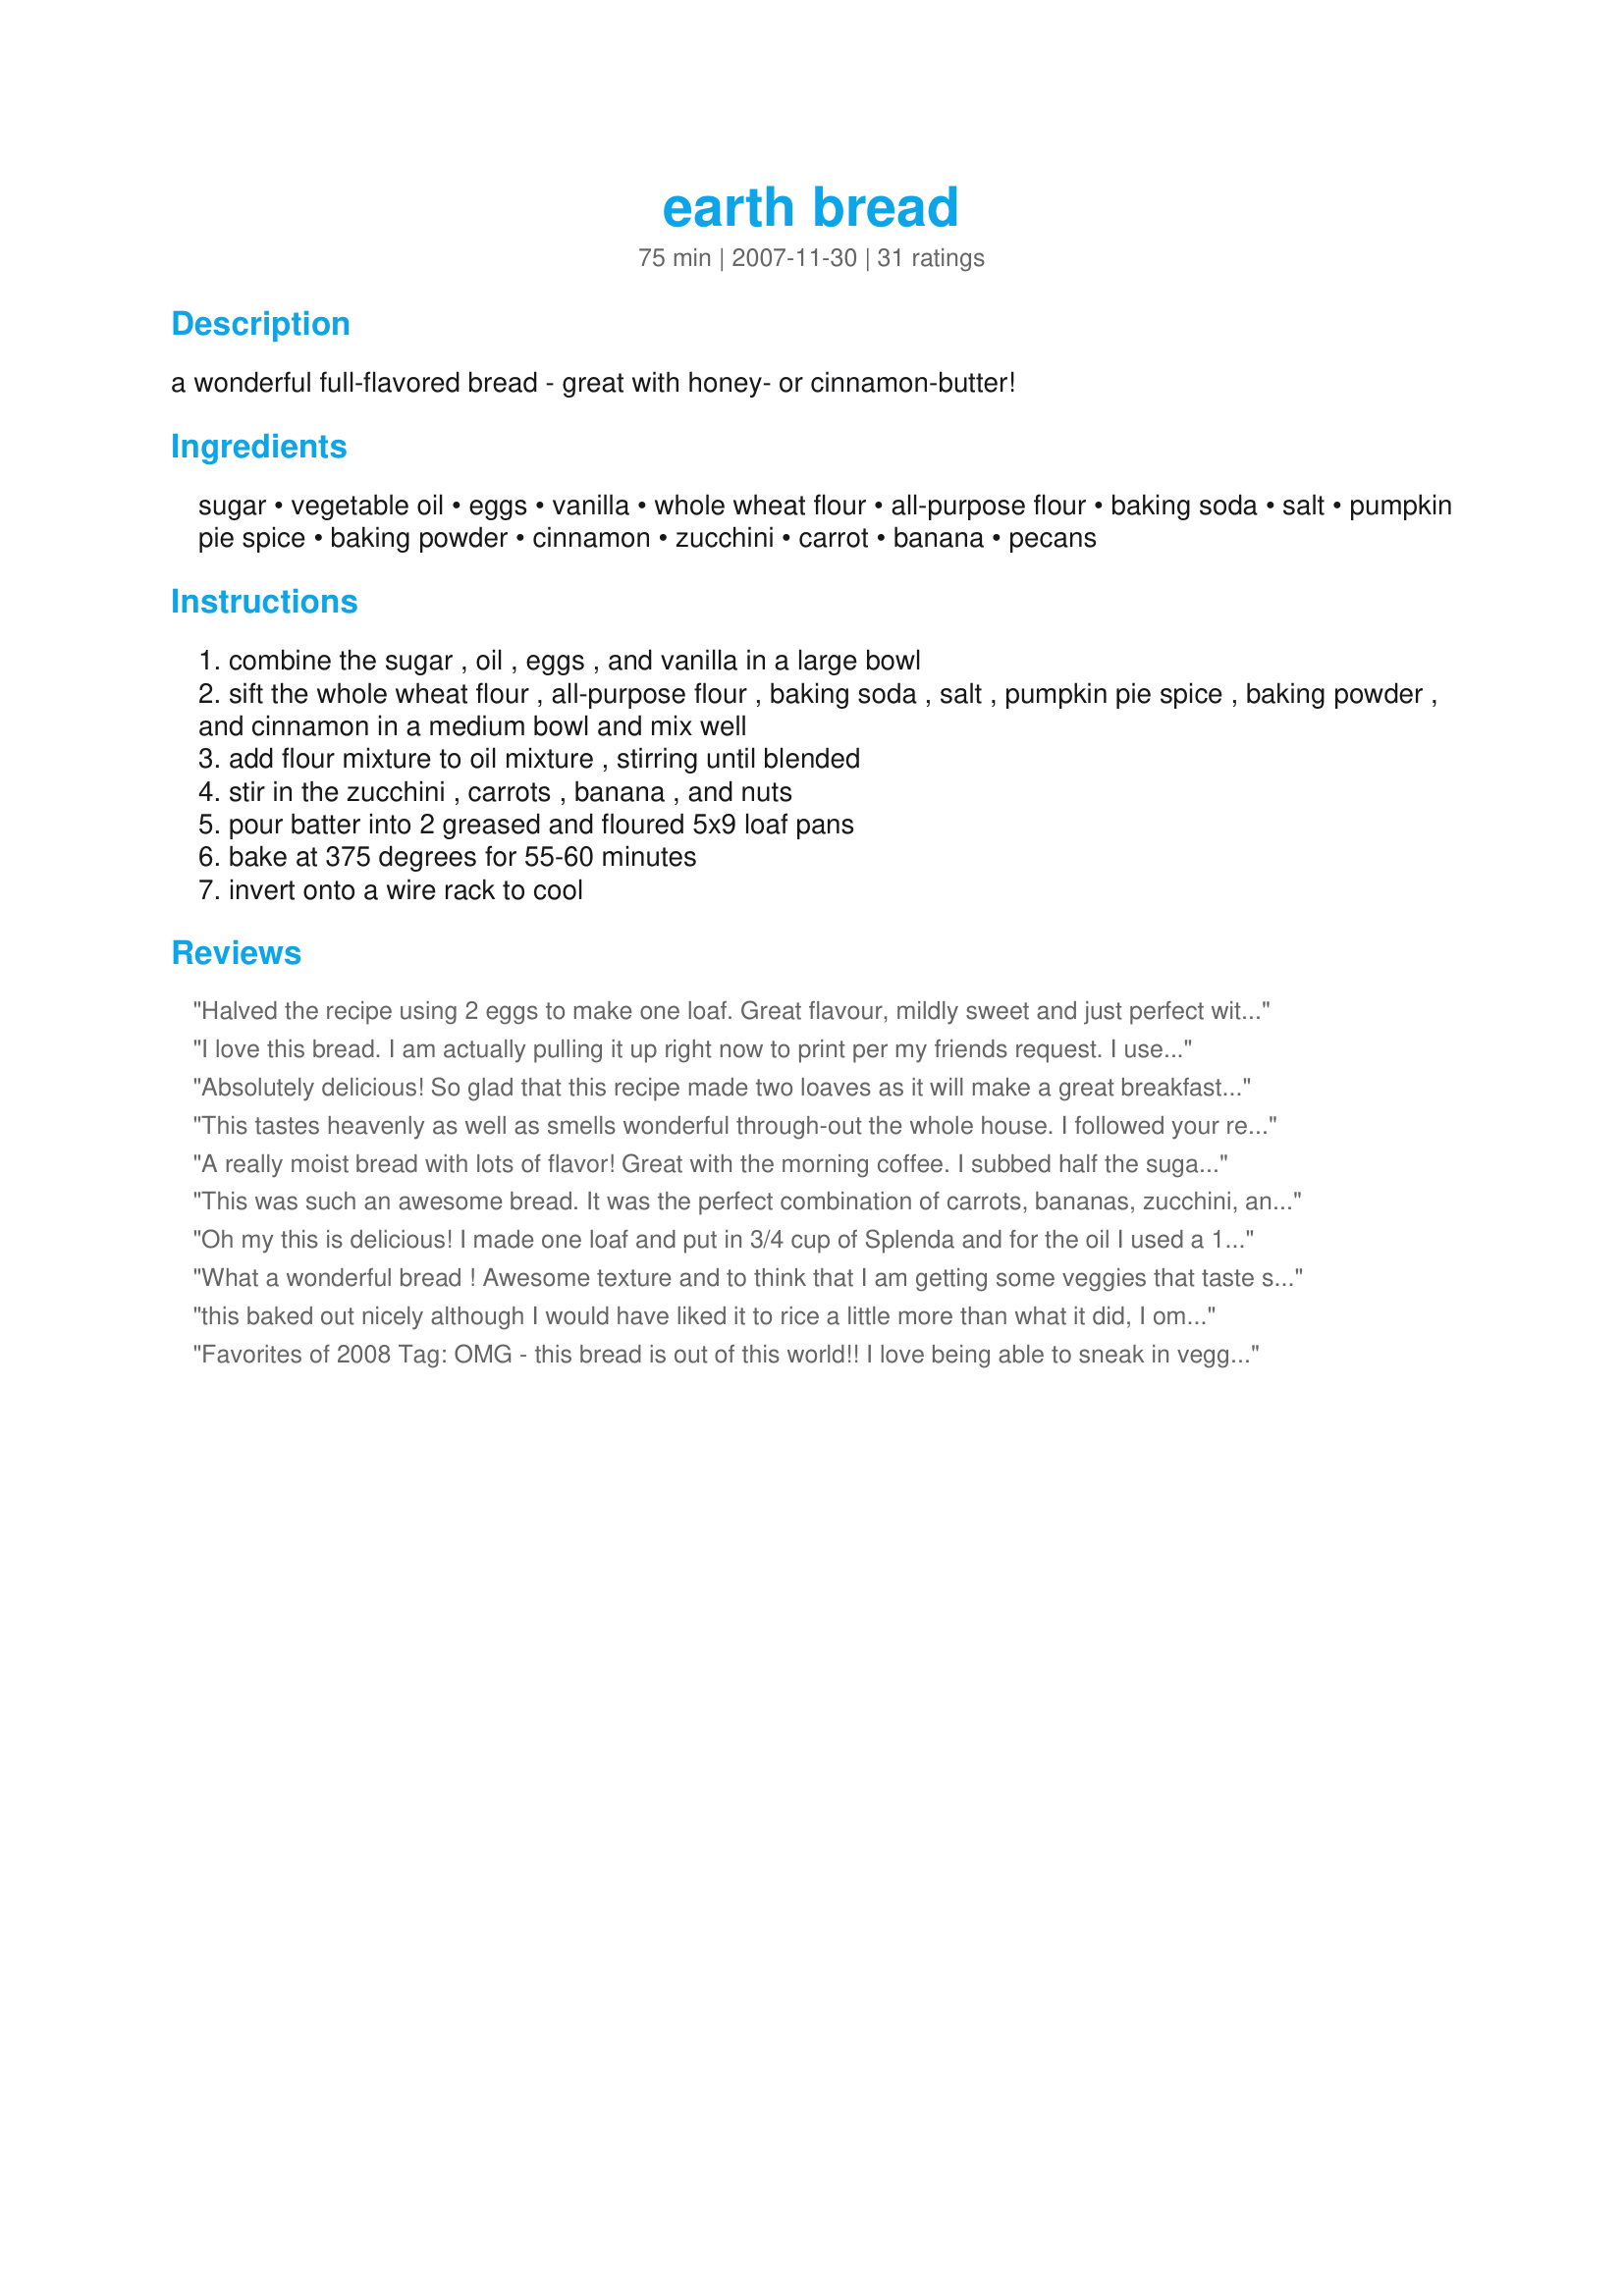
earth bread
Preparation time: 75 minutes

a wonderful full-flavored bread - great with honey- or cinnamon-butter!

Ingredients:
sugar, vegetable oil, eggs, vanilla, whole wheat flour, all-purpose flour, baking soda, salt, pumpkin pie spice, baking powder, cinnamon, zucchini, carrot, banana, pecans

Steps:
combine the sugar , oil , eggs , and vanilla in a large bowl
sift the whole wheat flour , all-purpose flour , baking soda , salt , pumpkin pie spice , baking powder , and cinnamon in a medium bowl and mix well
add flour mixture to oil mixture , stirring until blended
stir in the zucchini , carrots , banana , and nuts
pour batter into 2 greased and floured 5x9 loaf pans
bake at 375 degrees for 55-60 minutes
invert onto a wire rack to cool

Reviews:
Halved the recipe using 2 eggs to make one loaf. Great flavour, mildly sweet and just perfect with cheese topping or honey or both. Thank you for a keeper.
I love this bread. I am actually pulling it up right now to print per my friends request. I used gingerbread spice because i have no pumpkin pie spice. Thank you!
Absolutely delicious! So glad that this recipe made two loaves as it will make a great breakfast bread with our coffee and there is enough to share with my wonderful neighbor. I like that the bread is not overly sweet and it is nice and moist. Made as directed; although, I might try substituting applesauce for some of the oil next time. This delicious bread recipe is going into my Best of 2013 cookbook. Made for PRMR, January, 2013.
This tastes heavenly as well as smells wonderful through-out the whole house. I followed your recipe except for using 1/2 oil and 1/2 applesauce. Also subbed a bit of splenda in place of the two cups of sugar. About 1/2 and 1/2 again. Omitted the nuts per family preference although I'm sure they are a great addition. Thanks for a winnner/keeper loof. Made for PotluckTag!~
A really moist bread with lots of flavor! Great with the morning coffee. I subbed half the sugar with Splenda.
This was such an awesome bread. It was the perfect combination of carrots, bananas, zucchini, and nuts. It was really easy to make too. I did not have pumpkin pie spice on hand so I used 1/4 tsp ginger, 1/4 tsp. nutmeg, and 1/4 tsp allspice. Thank you for posting such a great recipe.
Oh my this is delicious! I made one loaf and put in 3/4 cup of Splenda and for the oil I used a 1/4 cup of canola + a 1/4 cup of unsweetened applesauce. I also upped the cinnamon to a 1/2 tsp (personal preference only). This makes a wonderful bread that I get all to myself because dh won't eat zucchini (whistles innocently). It's kinda, sorta, almost like banana bread but not really..I'll bet thats really helpful,lol. It gets an A+ from me.
What a wonderful bread ! Awesome texture and to think that I am getting some veggies that taste soooooo good ! Kids will gobble this up as well as adults....will make this again and freeze some if I can hide it long enough from hubby ! Thanks for a great keeper !
this baked out nicely although I would have liked it to rice a little more than what it did, I omitted the nuts and increased the cinnamon to 1 teaspoon, thanks for sharring loof!
Favorites of 2008 Tag: OMG - this bread is out of this world!! I love being able to sneak in veggies without my daughter knowing!!
This is a nice bread and smells so good while baking in the oven. I cut the sugar to 1 1/2 cups and used 3/4 cup brown sugar and 3/4 white sugar. Otherwise made as written using pecans for the nuts. I made four mini loafs, so I can share with neighbors. Thanks for sharing Loof. Made for potluck tag.
Fantastic bread - I love the combination of all of the different good for you stuff, plus whole wheat flour, too. Very versitisle, too, as I only grated up 1/2 cup zucchini and when I realized it, I had already put the grater away, so I substituted an extra 1/2 cup banana, which worked perfect. I also took another reviewer's suggestion and subbed out half the oil with applesauce. I took this to a meeting this morning and it got wonderful reviews! Served it with recipe #41253. Thanks, loof, for the excellent recipe! Made for Zaar Stars.
Great way to use up all the odds and ends in the crisper. Thanks for sharing, it was very good, loaves didn't last long!
Very nice moist and full of flavor bread. I made 1 large loaf bake it 1h20min. It taste even better next day! Enjoyed it just like that with cup of cofe :) Thank you for a great recipe!
What a lovely bread! The zucchini, carrot, and banana go so nicely together. I cut the recipe in half to make a single loaf and used two small eggs and only 3/4 cup sugar. I pulled mine at 50 minutes after checking twice and it was just perfect and sooo moist. This was a real hit, thank you loof! [Made for the I Recommend Tag]
Don't know where my head was but I though I had already reviewed this wonderful recipe...well here goes!
My favorite thing about this bread was that it was not as heavy as I though it was going to be. Things I make with whole wheat seem that way to me. I made two loaves, cutting my oil in half and replacing it with applesauce. The only thing different was to replace the pumpkin spice with Chinese Five Spice Blend. I interchange them in many recipes. Will be making this again!
This needs more than 5 stars. It was quick to do and lovely to eat. I doubled my banana and carrot as I had no zucchini with a marvellous result. I made 2 small and very pretty golden loaves.
Lip-smacking good!! This yummy bread had a nice crisp crust with sweet delicious perfectly cooked bread nestle with in it. We loved everything about this yummy bread including that nice combo of veggies, fruit and nuts. I made two minor changes in that I used eggbeaters and Splenda for baking. Thanks for the yummy post.
Yummy bread. I was surprised how well it rose. Thanks Loof!
This is my mother's recipe ... she created it in 1974 and won an award for it in the fort collins, colorado newspaper. Thank you for publishing it ... credit goes to hattie whitrock for this recipe! Way to go mom!
WONDERFUL! Soft, Moist, Mild and Delicious. I made this as directed but baked it in a bundt pan which still took 55 minutes. Hubby and I are enjoying snacking on this plain and I'll enjoy it for breakfast and lunch with some fruit salad tomorrow. Yum! Made for the Zaar Stars tag game.
We really enjoyed the combo of flavors from the vegetables & fruit & nuts that went into this bread, & I found it a nice addition to the other breads that I usually make during the end-of-the-year holiday season! I set out one loaf, along with some honey butter, for one of the monthly groups that I host & it was gone in no time, while half a dozen people asked for the recipe as well! A keeper recipe, for sure! [Made & reviewed in Zaar Stars recipe tag]
I went looking for a good zucchini spice bread. The spices are not overpowering and the flavor and texture were great!! I frequently use mostly whole wheat or all whole wheat in my recipes so I was very interested in trying this one. YEP!! It%u2019s a keeper!! Wonderful! I am sending a loaf to my son in the Air Force.
Great bread! I loved that there was whole wheat flour in it. I used canola oil instead of vegetable and no nuts due to family dislikes. This would be great as muffins, too! I might try subbing 1/2 applesauce with the oil next time. Thanks, loof!
What a great bread ... very moist and light as well. I made a few changes. I used 1/2 cup oil, 1/2 cup applesauce, a bit more shredded carrot and zucchini. I also used 1 cup vanilla sugar and 3/4 cup agave nectar. I sprinkle one loaf with cinnamon and sugar - great. This was a great breakfast loaf that was not too sweet. Thanks for a recipe I will make again and again.
Loved Loved this!! I used dehydrated zucchini, homemade canned carrots and over half peach butter for the oil. Will def make this great bread again - the kids loved it so much at breakfast that DD wanted a piece in her lunch!
We loved this dense, moist quick bread! It wasn't overly sweet like so many other quick breads, and it contains some healthy ingredients like zucchini, carrots, bananas and whole wheat flour. I made it even healthier by replacing half of the oil with applesauce. I doubled the cinnamon and used toasted walnuts. I served this with honey butter, and two of us almost polished off one loaf in one sitting...yum! Thank you for sharing this wonderful recipe!<br/>**Made for Australian/ New Zealand Recipe Swap #73**
This bread is awesome! It is soft and moist, yet sturdy enough to carry toppings. The taste is fruity sweet and super yummy! I made half the recipe in muffin tins using only 1 tbs of sugar and applesauce for the oil to make this a bit lighter and it worked out fantastically. YUM!<br/>THANK YOU SO MUCh for sharing such a keeper with us, loof!<br/>Made and reviewed for the Aussie/NZ Recipe Swap December 2011.
This recipe made it into book#234156!
Holy smokes!!! This bread is delicious. It's like a combination of your favorite banana bread, zucchini bread and carrot cake. I debated cutting the recipe in half to make one loaf but I'm so glad I didn't. We will devour the two loaves in no time. I was sitting out on the deck while the bread was in the oven and was delighted by the lovely aroma wafting out of the screen window. The taste is even better! I could go on and on about this. It's just fantastic. Try it. :) (I used apple pie spice instead of pumpkin pie spice because it was what I had on hand)
This was very good! I cut the recipe in half to make only one loaf and used two eggs, rather than one and a half! I also changed the sugar. I used 1/2 cup brown sugar and 1/4 cup white,so I cut the amount down by 1/4. For the nuts I used Macadamia. Thanks for sharing, loof!
Super good bread recipe...made playing "I Recommend Tag game" and found on chef#482376 "Best of '08" list...what can I say but I concur!!...wonderful meld of zucchini, carrot and banana - nut breads/cakes...and a great way to indulge in them all at once :)...I used 1/2 applesauce &evoo and a mix of egg sub with some moistened ground flax...& about 1/2 sugar 1/2 agave(-to taste)...loved it- Thanks loof!! (now it will make a best of '09 list) :)
